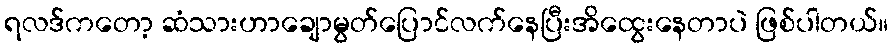
ရလဒ်ကတော့ ဆံသားဟာချောမွတ်ပြောင်လက်နေပြီးအိထွေးနေတာပဲ ဖြစ်ပါတယ်။